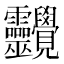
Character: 𧢱